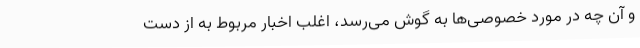
و آن چه در مورد خصوصی‌ها به گوش می‌رسد، اغلب اخبار مربوط به از دست